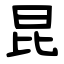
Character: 昆